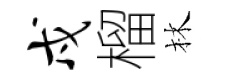
戍榴林